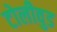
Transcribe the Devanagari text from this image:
टोलीवुड